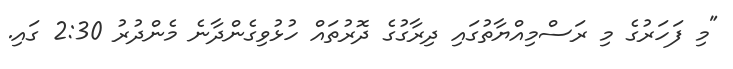
"މި ފަހަރުގެ މި ރަސްމިއްޔާތުގައި ދިރާގުގެ ދޮރުތައް ހުޅުވިގެންދާނެ މެންދުރު 2:30 ގައި.